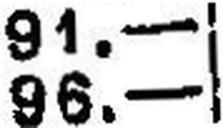
96.—